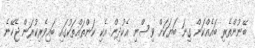
ބޭނުންތެރި ބައެއްކަން ގިނަ ބަޔަކަށް ވިސްނި އެކުދިން އެކި ކަންތައްތަކުގައި ބައިވެރިކުރަން ޖެހޭނެ